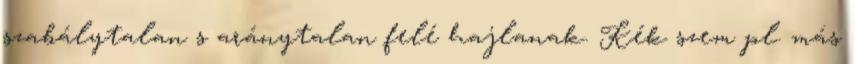
szabálytalan s aránytalan felé hajlanak. Kék szem pl. más